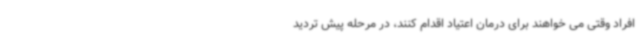
افراد وقتی می خواهند برای درمان اعتیاد اقدام کنند، در مرحله پیش تردید